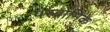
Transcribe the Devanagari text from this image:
परब्रोमिक